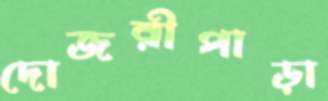
দোজরীপাড়া